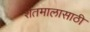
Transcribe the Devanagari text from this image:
शेतमालासाठी